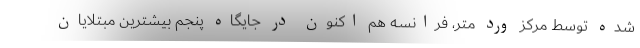
شده توسط مرکز ورد متر، فرانسه هم اکنون در جایگاه پنجم بیشترین مبتلایان